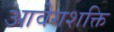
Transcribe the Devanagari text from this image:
आवेगशक्ति